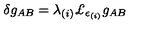
\delta g _ { A B } = \lambda _ { ( i ) } \mathrm { \pounds } _ { \epsilon _ { ( i ) } } g _ { A B }